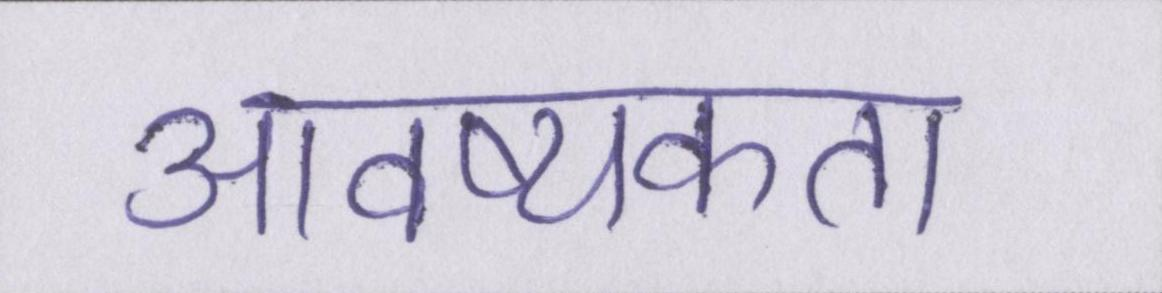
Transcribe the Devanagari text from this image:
आवष्यकता